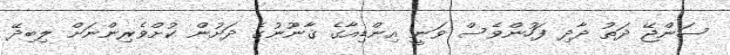
ސަންޖޭ ދަތު ދާދި ފަހުންވެސް ވަނީ އިންޑިއާގެ ޤާނޫނުގެ ދަށުން ކުށްވެރިންނަށް ލިބިދޭ